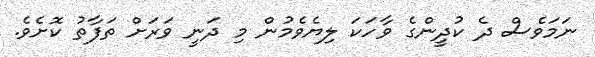
ނަމަވެސް ދެ ކުދީންގެ ވާހަކަ ލިޔެވެމުން މި ދަނީ ވަރަށް ތަފާތު ކޮށެވެ.